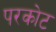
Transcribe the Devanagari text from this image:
परकाेट